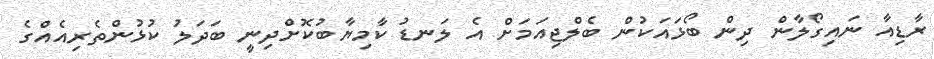
ރާޑިއާ ނައިގޯލާން ދިން ބޯޅައަކުން ބެލްޖިއަމަށް އެ ލަނޑު ކާމިޔާބުކޮށްދިނީ ބަދަލު ކުޅުންތެރިއެއްގެ